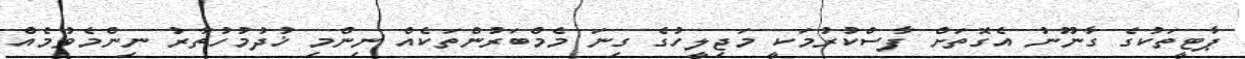
ޕާޓީތަކުގެ ގާނޫނު އެގޮތަށް ފާސްކުރުމަކީ މަޖިލީހުގެ ގިނަ މެމްބަރުންތަކެއް ނިންމި ޚުދުމުހުތާރު ނިންމެވުމެއް